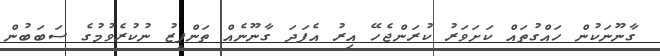
ގާނޫނަކުން ހައްގުތައް ކަށަވަރު ކުރަންޖެހޭ އިރު އެފަދަ ގާނޫނެއް ތަންފީޒު ނުކުރެވުމުގެ ސަބަބުން